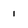
Character: 1